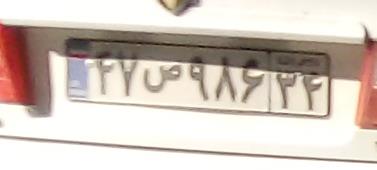
۴۷س۹۸۶۲۴